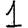
Digit: 1